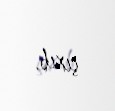
çıxıb.